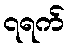
၇ရက်